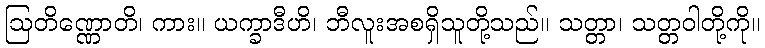
ဩတိဏ္ဏောတိ၊ ကား။ ယက္ခာဒီဟိ၊ ဘီလူးအစရှိသူတို့သည်။ သတ္တာ၊ သတ္တဝါတို့ကို။